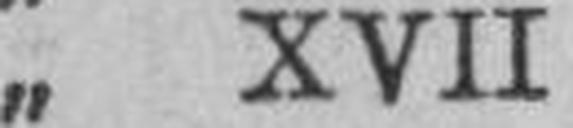
„ XVII